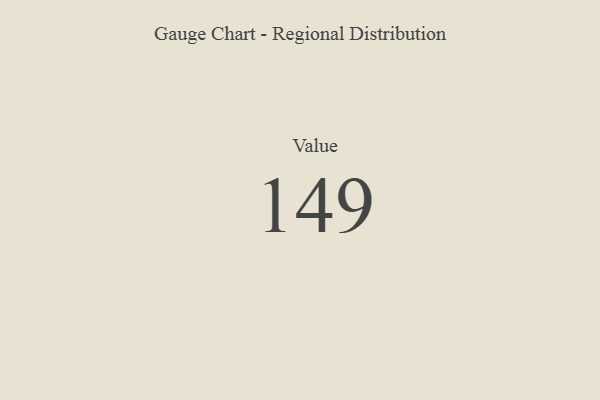
{"axis": {"x": "Metric", "y": "Value"}, "legend": [""], "data": [{"x": "Value", "y": 149, "type": ""}]}